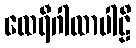
ထေရီဂါထာပါဠိ